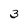
Character: 3